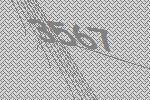
3567